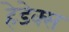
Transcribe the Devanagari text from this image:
हेडेक्स